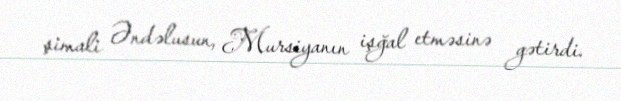
şimali Əndəlusun, Mursiyanın işğal etməsinə gətirdi.